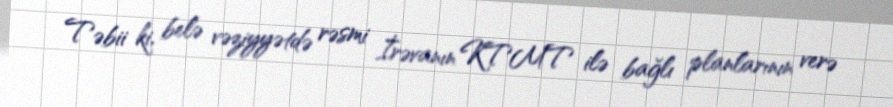
Təbii ki, belə vəziyyətdə rəsmi İrəvanın KTMT ilə bağlı planlarının verə